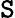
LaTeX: \mathtt{S}